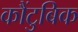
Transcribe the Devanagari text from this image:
कौंटुबिक